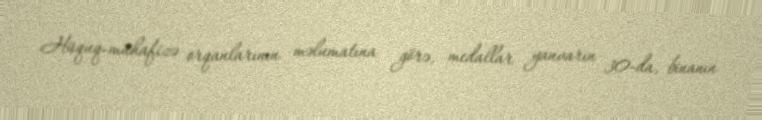
Hüquq-mühafizə orqanlarının məlumatına görə, medallar yanvarın 30-da, binanın